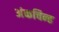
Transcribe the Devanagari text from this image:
अंकचिन्ह